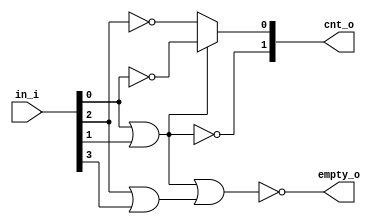
module lzc_00000004
(
  in_i,
  cnt_o,
  empty_o
);

  input [3:0] in_i;
  output [1:0] cnt_o;
  output empty_o;
  wire [1:0] cnt_o;
  wire empty_o,N0,index_nodes_2__0_,index_nodes_1__0_,N1;
  wire [2:0] sel_nodes;
  assign cnt_o[1] = ~sel_nodes[1];
  assign cnt_o[0] = (N0)? index_nodes_1__0_ : 
                    (N1)? index_nodes_2__0_ : 1'b0;
  assign N0 = sel_nodes[1];
  assign index_nodes_1__0_ = ~in_i[0];
  assign index_nodes_2__0_ = ~in_i[2];
  assign sel_nodes[0] = sel_nodes[1] | sel_nodes[2];
  assign N1 = ~sel_nodes[1];
  assign sel_nodes[1] = in_i[0] | in_i[1];
  assign sel_nodes[2] = in_i[2] | in_i[3];
  assign empty_o = ~sel_nodes[0];

endmodule